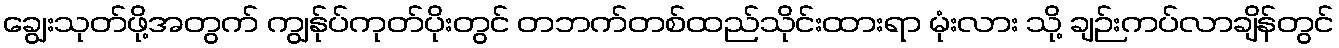
ချွေးသုတ်ဖို့အတွက် ကျွန်ုပ်ကုတ်ပိုးတွင် တဘက်တစ်ထည်သိုင်းထားရာ မုံးလား သို့ ချဉ်းကပ်လာချိန်တွင်